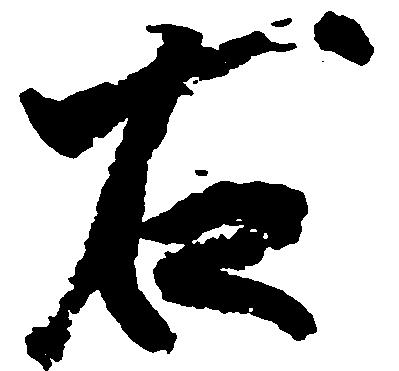
右